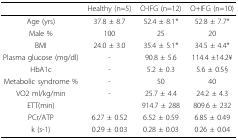
|  | Healthy (n=5) | O-IFG (n=12) | O+IFG (n=10) |
 | --- | --- | --- | --- |
 | Age (yrs) | 37.8 ± 8.7 | 52.4 ± 8.1* | 52.8 ± 7.7* |
 | Male % | 100 | 25 | 20 |
 | BMI | 24.0 ± 3.0 | 35.4 ± 5.1* | 34.5 ± 4.4* |
 | Plasma glucose (mg/dl) | - | 90.8 ± 5.6 | 114.4 ±14.2¥ |
 | HbA1c | - | 5.2 ± 0.3 | 5.6 ± 0.5§ |
 | Metabolic syndrome % | - | 50 | 40 |
 | VO2 ml/kg/min | - | 25.7 ± 4.4 | 24.2 ± 4.3 |
 | ETT(min) |  | 914.7 ± 288 | 809.6 ± 232 |
 | PCr/ATP | 6.27 ± 0.52 | 6.52 ± 0.59 | 6.85 ± 0.49 |
 | k (s-1) | 0.29 ± 0.03 | 0.28 ± 0.03 | 0.26 ± 0.04 |